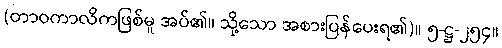
(တာဝကာလိကဖြစ်မူ အပ်၏။ သို့သော အစားပြန်ပေးရ၏)။ ၅-ဋ္ဌ-၂၅၄။